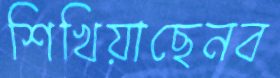
শিখিয়াছেনব